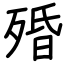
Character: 殙